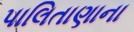
પાલિતાણાના